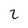
Character: 2